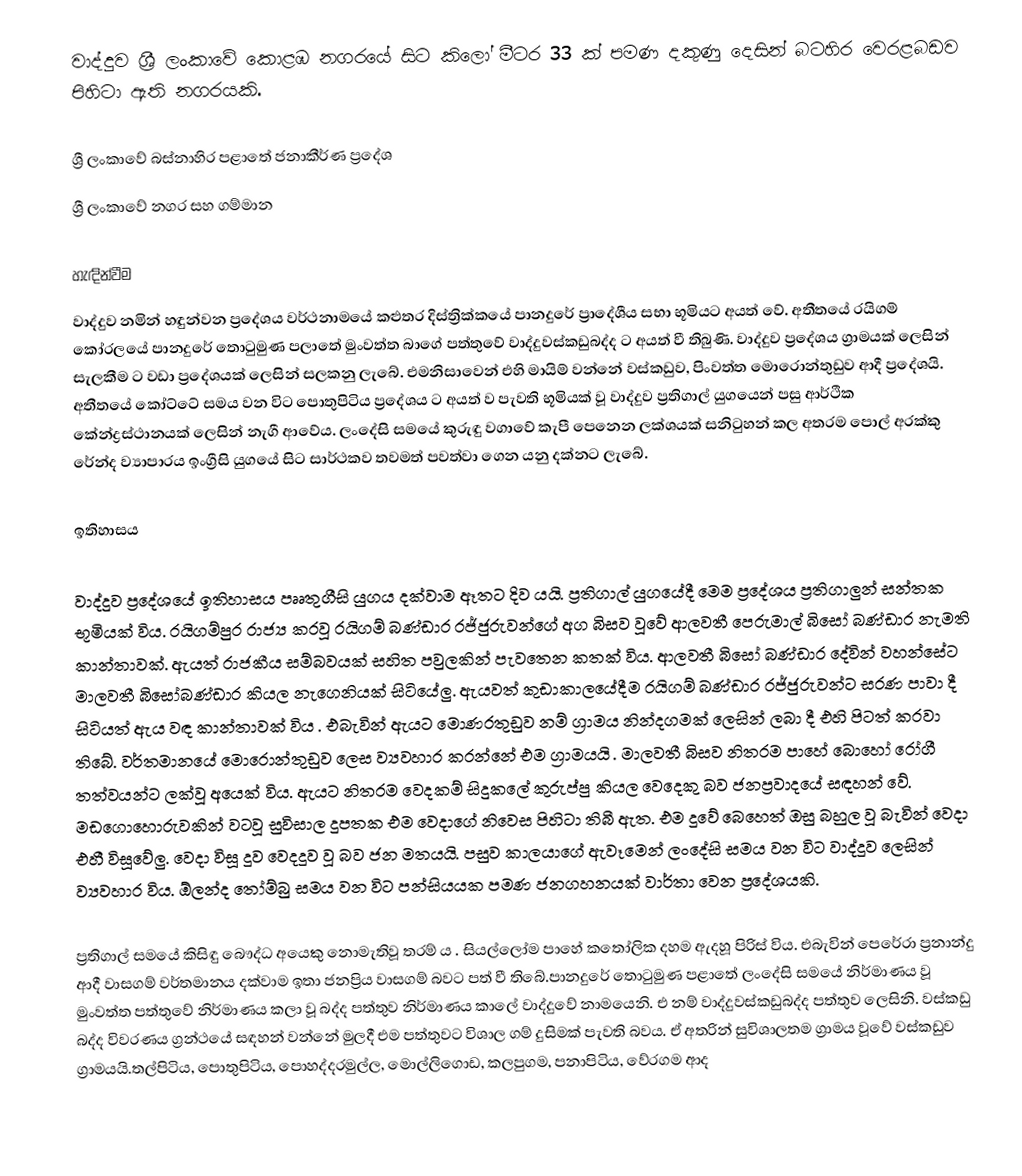
වාද්දුව ශ්‍රී ලංකාවේ කොළඹ නගරයේ සිට කිලෝ මීටර 33 ක් පමණ දකුණු දෙසින් බටහිර වෙරළබඩව පිහිටා ඇති නගරයකි.

ශ්‍රී ලංකාවේ බස්නාහිර පළාතේ ජනාකීර්ණ ප්‍රදේශ
ශ්‍රී ලංකාවේ නගර සහ ගම්මාන

හැඳින්වීම
වාද්දුව නමින් හඳුන්වන ප්‍රදේශය වර්ථනාමයේ කළුතර දිස්ත්‍රික්කයේ පානදුරේ ප්‍රාදේශීය සභා භූමියට අයත් වේ. අතීතයේ රයිගම් කෝරලයේ පානදුරේ තොටුමුණ පලාතේ මුංවත්ත බාගේ පත්තුවේ වාද්දුවස්කඩුබද්ද ට අයත් වී තිබුණි. වාද්දුව ප්‍රදේශය ග්‍රාමයක් ලෙසින් සැලකීම ට වඩා ප්‍රදේශයක් ලෙසින් සලකනු ලැබේ. එමනිසාවෙන් එහි මායිම් වන්නේ වස්කඩුව, පිංවත්ත මොරොන්තුඩුව ආදී ප්‍රදේශයි. අතීතයේ කෝට්ටේ සමය වන විට පොතුපිටිය ප්‍රදේශය ට අයත් ව පැවති භූමියක් වූ වාද්දුව ප්‍රතිගාල් යුගයෙන් පසු ආර්ථික කේන්ද්‍රස්ථානයක් ලෙසින් නැගී ආවේය. ලංදේසි සමයේ කුරුඳු වගාවේ කැපී පෙනෙන ලක්ශයක් සනිටුහන් කල අතරම පොල් අරක්කු රේන්ද ව්‍යාපාරය ඉංග්‍රීසි යුගයේ සිට සාර්ථකව තවමත් පවත්වා ගෙන යනු දක්නට ලැබේ.

ඉතිහාසය

වාද්දුව ප්‍රදේශයේ ඉතිහාසය පෲතුගීසි යුගය දක්වාම ඈතට දිව යයි. ප්‍රතිගාල් යුගයේදී මෙම ප්‍රදේශය ප්‍රතිගාලුන් සන්තක භූමියක් විය. රයිගම්පුර රාජ්‍ය කරවූ රයිගම් බණ්ඩාර රජ්ජුරුවන්ගේ අග බිසව වූවේ ආලවතී පෙරුමාල් බිසෝ බණ්ඩාර නැමති කාන්තාවක්. ඇයත් රාජකීය සම්බවයක් සහිත පවුලකින් පැවතෙන කතක් විය. ආලවතී බිසෝ බණ්ඩාර දේවින් වහන්සේට මාලවතී බිසෝබණ්ඩාර කියල නැගෙනියක් සිටියේලු. ඇයවත්  කුඩාකාලයේදීම රයිගම් බණ්ඩාර රජ්ජුරුවන්ට සරණ පාවා දී සිටියත් ඇය වඳ කාන්තාවක් විය . එබැවින් ඇයට මොණරතුඩුව නම් ග්‍රාමය නින්දගමක් ලෙසින් ලබා දී එහි පිටත් කරවා තිබේ. වර්තමානයේ මොරොන්තුඩුව ලෙස ව්‍යවහාර කරන්නේ එම ග්‍රාමයයි . මාලවතී බිසව නිතරම පාහේ බොහෝ රෝගී තත්වයන්ට ලක්වූ අයෙක් විය. ඇයට නිතරම වෙදකම් සිදුකලේ කුරුප්පු කියල වෙදෙකු බව ජනප්‍රවාදයේ සඳහන් වේ. මඩගොහොරුවකින් වටවූ සුවිසාල දූපතක එම වෙදාගේ නිවෙස පිහිටා තිබී ඇත. එම දූවේ බෙහෙත් ඔසු බහුල වූ බැවින් වෙදා එහී විසූවේලු. වෙදා විසූ දූව වෙදදූව වූ බව ජන මතයයි. පසුව කාලයාගේ ඇවෑමෙන් ලංදේසි සමය වන විට වාද්දූව ලෙසින් ව්‍යවහාර විය. ඕලන්ද තෝම්බු සමය වන විට පන්සියයක පමණ ජනගහනයක් වාර්තා වෙන ප්‍රදේශයකි.

ප්‍රතිගාල් සමයේ කිසිඳු බෞද්ධ අයෙකු නොමැතිවූ තරම්‍ ය . සියල්ලෝම පාහේ කතෝලික දහම ඇදහූ පිරිස් විය. එබැවින් පෙරේරා  ප්‍රනාන්දු  ආදී වාසගම් වර්තමානය දක්වාම ඉතා ජනප්‍රිය වාසගම් බවට පත් වී තිබේ.පානදුරේ තොටුමුණ පළාතේ ලංදේසි සමයේ නිර්මාණය වූ මුංවත්ත පත්තුවේ නිර්මාණය කලා වූ බද්ද පත්තුව නිර්මාණය කාලේ වාද්දුවේ නාමයෙනි. එ නම් වාද්දුවස්කඩුබද්ද පත්තුව ලෙසිනි. වස්කඩු බද්ද විවරණය ග්‍රන්ථයේ සඳහන් වන්නේ මුලදී එම පත්තුවට විශාල ගම් දුසිමක් පැවති බවය. ඒ අතරින් සුවිශාලතම ග්‍රාමය වූවේ වස්කඩුව ග්‍රාමයයි.තල්පිටිය, පොතුපිටිය, පොහද්දරමුල්ල, මොල්ලිගොඩ, කලපුගම, පනාපිටිය, වේරගම ආද